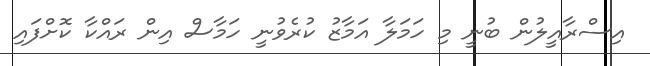
އިސްރާއީލުން ބުނީ މި ހަމަލާ އަމާޒު ކުރެވުނީ ހަމާސް އިން ރައްކާ ކޮށްފައި